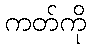
ကတ်ကို